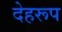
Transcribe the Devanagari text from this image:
देहरूप